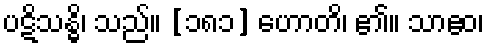
ပဋိသန္ဓိ၊ သည်။ [၁၈၁] ဟောတိ၊ ၏။ သာဧဝ၊